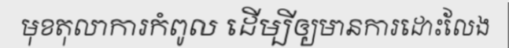
មុខតុលាការកំពូល ដើម្បីឲ្យមានការដោះលែង